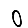
Digit: 0